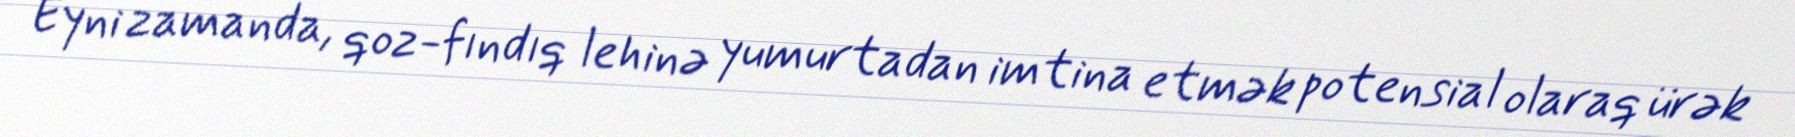
Eyni zamanda, qoz-fındıq lehinə yumurtadan imtina etmək potensial olaraq ürək